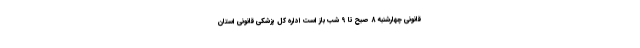
قانونی چهارشنبه 8 صبح تا 9 شب باز است اداره‌ کل پزشکی قانونی استان